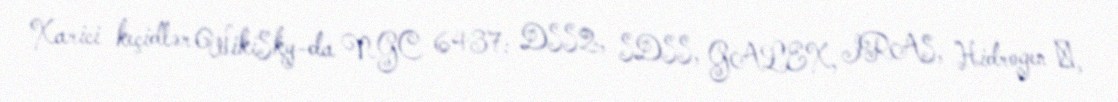
Xarici keçidlər WikiSky-da NGC 6437: DSS2, SDSS, GALEX, IRAS, Hidrogen α,